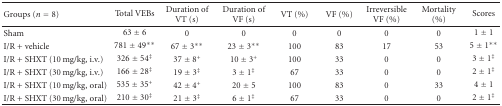
<table><thead><tr><td><b>Groups (<i>n</i> = 8)</b></td><td><b>Total VEBs</b></td><td><b>Duration of VT (s)</b></td><td><b>Duration of VF (s)</b></td><td><b>VT (%)</b></td><td><b>VF (%)</b></td><td><b>Irreversible VF (%)</b></td><td><b>Mortality (%)</b></td><td><b>Scores</b></td></tr></thead><tbody><tr><td>Sham</td><td>63 ± 6</td><td>0</td><td>0</td><td>0</td><td>0</td><td>0</td><td>0</td><td>1 ± 1</td></tr><tr><td>I/R + vehicle</td><td>781 ± 49**</td><td>67 ± 3**</td><td>23 ± 3**</td><td>100</td><td>83</td><td>17</td><td>53</td><td>5 ± 1**</td></tr><tr><td>I/R + SHXT (10 mg/kg, i.v.)</td><td>326 ± 54<sup>‡</sup></td><td>37 ± 8<sup>+</sup></td><td>10 ± 3<sup>+</sup></td><td>100</td><td>33</td><td>0</td><td>0</td><td>3 ± 1<sup>‡</sup></td></tr><tr><td>I/R + SHXT (30 mg/kg, i.v.)</td><td>166 ± 28<sup>‡</sup></td><td>19 ± 3<sup>‡</sup></td><td>3 ± 1<sup>‡</sup></td><td>67</td><td>33</td><td>0</td><td>0</td><td>2 ± 1<sup>‡</sup></td></tr><tr><td>I/R + SHXT (10 mg/kg, oral)</td><td>535 ± 35<sup>+</sup></td><td>42 ± 4<sup>+</sup></td><td>20 ± 5</td><td>100</td><td>83</td><td>0</td><td>33</td><td>4 ± 1</td></tr><tr><td>I/R + SHXT (30 mg/kg, oral)</td><td>210 ± 30<sup>‡</sup></td><td>21 ± 3<sup>‡</sup></td><td>6 ± 1<sup>‡</sup></td><td>67</td><td>33</td><td>0</td><td>0</td><td>2 ± 1<sup>‡</sup></td></tr></tbody></table>